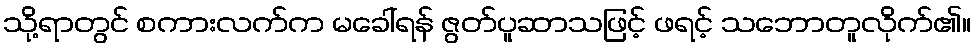
သို့ရာတွင် စကားလက်က မခေါ်ရန် ဇွတ်ပူဆာသဖြင့် ဖရင့် သဘောတူလိုက်၏။